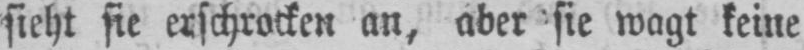
sieht sie erschrocken an, aber sie wagt keine